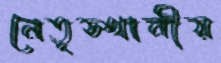
নেতৃস্থানীয়